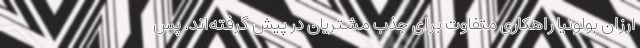
ارزان بولونیا راهکاری متفاوت برای جذب مشتریان در پیش گرفته‌اند. پس